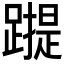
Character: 𰸬